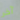
آخر